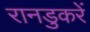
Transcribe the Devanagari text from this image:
रानडुकरें